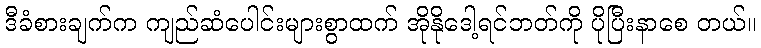
ဒီခံစားချက်က ကျည်ဆံပေါင်းများစွာထက် အိုနိုဒေါ့ရင်ဘတ်ကို ပိုပြီးနာစေ တယ်။